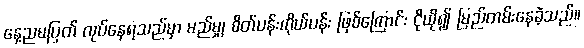
နေ့ညမပြတ် လုပ်နေရသည်မှာ မည်မျှ စိတ်ပန်းကိုယ်ပန်း ဖြစ်ကြောင်း ငိုယို၍ မြည်တမ်းနေခဲ့သည်။